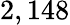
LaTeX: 2,148